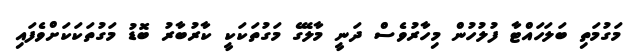
މަގުމަތި ބަލަހައްޓާ ފުލުހުން މިހާރުވެސް ދަނީ މާލޭގެ މަގުތަކަކީ ކާރުބާރު ބޮޑު މަގުތަކަކަށްވެފައި